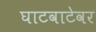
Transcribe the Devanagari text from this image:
घाटवाटेवर